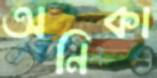
অনিকা